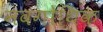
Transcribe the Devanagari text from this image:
नवगोथिक